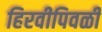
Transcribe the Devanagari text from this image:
हिरवीपिवळी